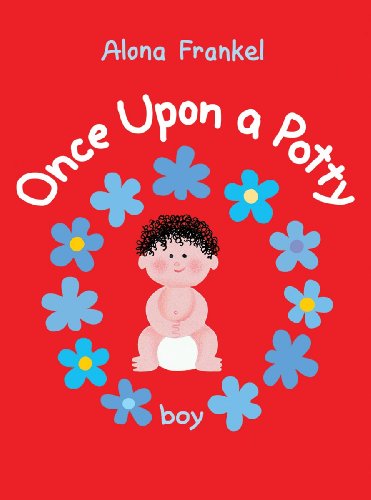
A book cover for Once Upon a Potty -- Boy; Alona Frankel; Parenting & Relationships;